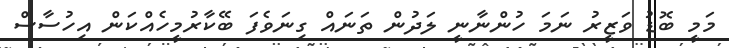
މަމީ ބޮޑު ވަޒީރު ނަމަ ހުންނާނީ ލަދުން ތަނައް ގިނަވެފަ ބޭކާރުމީހެއްކަން އިހުސާސް